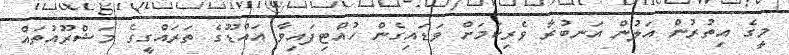
މީގެ އިތުރުން އަލުން އަނބުރާ ވެރިކަމަށް ވަޑައިގެން ހުއްޓިފައިވާ އައްޑޫގެ ތަރައްގީގެ މަޝްރޫއުތައް